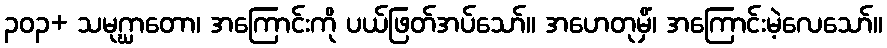
၃၀၃+ သမုဂ္ဃာတော၊ အကြောင်းကို ပယ်ဖြတ်အပ်သော်။ အဟေတုမှိံ၊ အကြောင်းမဲ့လေသော်။